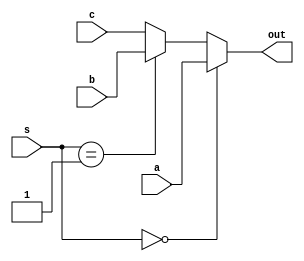
`timescale 1ns / 1ps
//////////////////////////////////////////////////////////////////////////////////
// Company: 
// Engineer: 
// 
// Design Name: 
// Module Name: MUX_3
// Project Name: 
// Target Devices: 
// Tool Versions: 
// Description: 
// 
// Dependencies: 
// 
// Revision:
// Revision 0.01 - File Created
// Additional Comments:
// 
//////////////////////////////////////////////////////////////////////////////////


module MUX_3(
    input [31:0] a,
    input [31:0] b,
    input [31:0] c,
    input [1:0] s,
    output reg [31:0] out
    );
    always@(*)
    begin
        if (s==2'b00) out=a;
        else if (s==2'b01) out=b;
        else out=c;
    end
endmodule